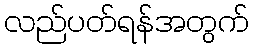
လည်ပတ်ရန်အတွက်